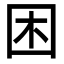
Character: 困